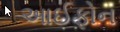
આઈફોન